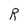
Character: R